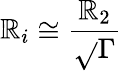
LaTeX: \mathbb{R}_{i}\cong\frac{{\mathbb{R}_{2}}}{{\sqrt{}{{\Gamma}}}}